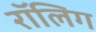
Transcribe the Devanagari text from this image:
रॉलिग